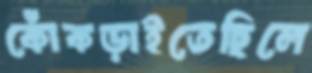
কোঁকড়াইতেছিলে